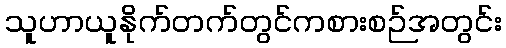
သူဟာယူနိုက်တက်တွင်ကစားစဉ်အတွင်း